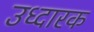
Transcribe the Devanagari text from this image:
उध्दारक